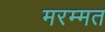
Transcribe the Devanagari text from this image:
मरम्मत